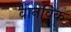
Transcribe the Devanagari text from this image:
वानविक